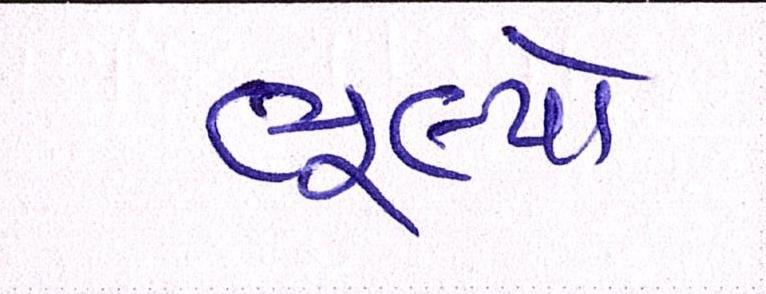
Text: ભૂલ્યો